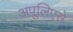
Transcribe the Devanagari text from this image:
अपूलिएसे